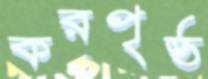
করপৃষ্ঠ